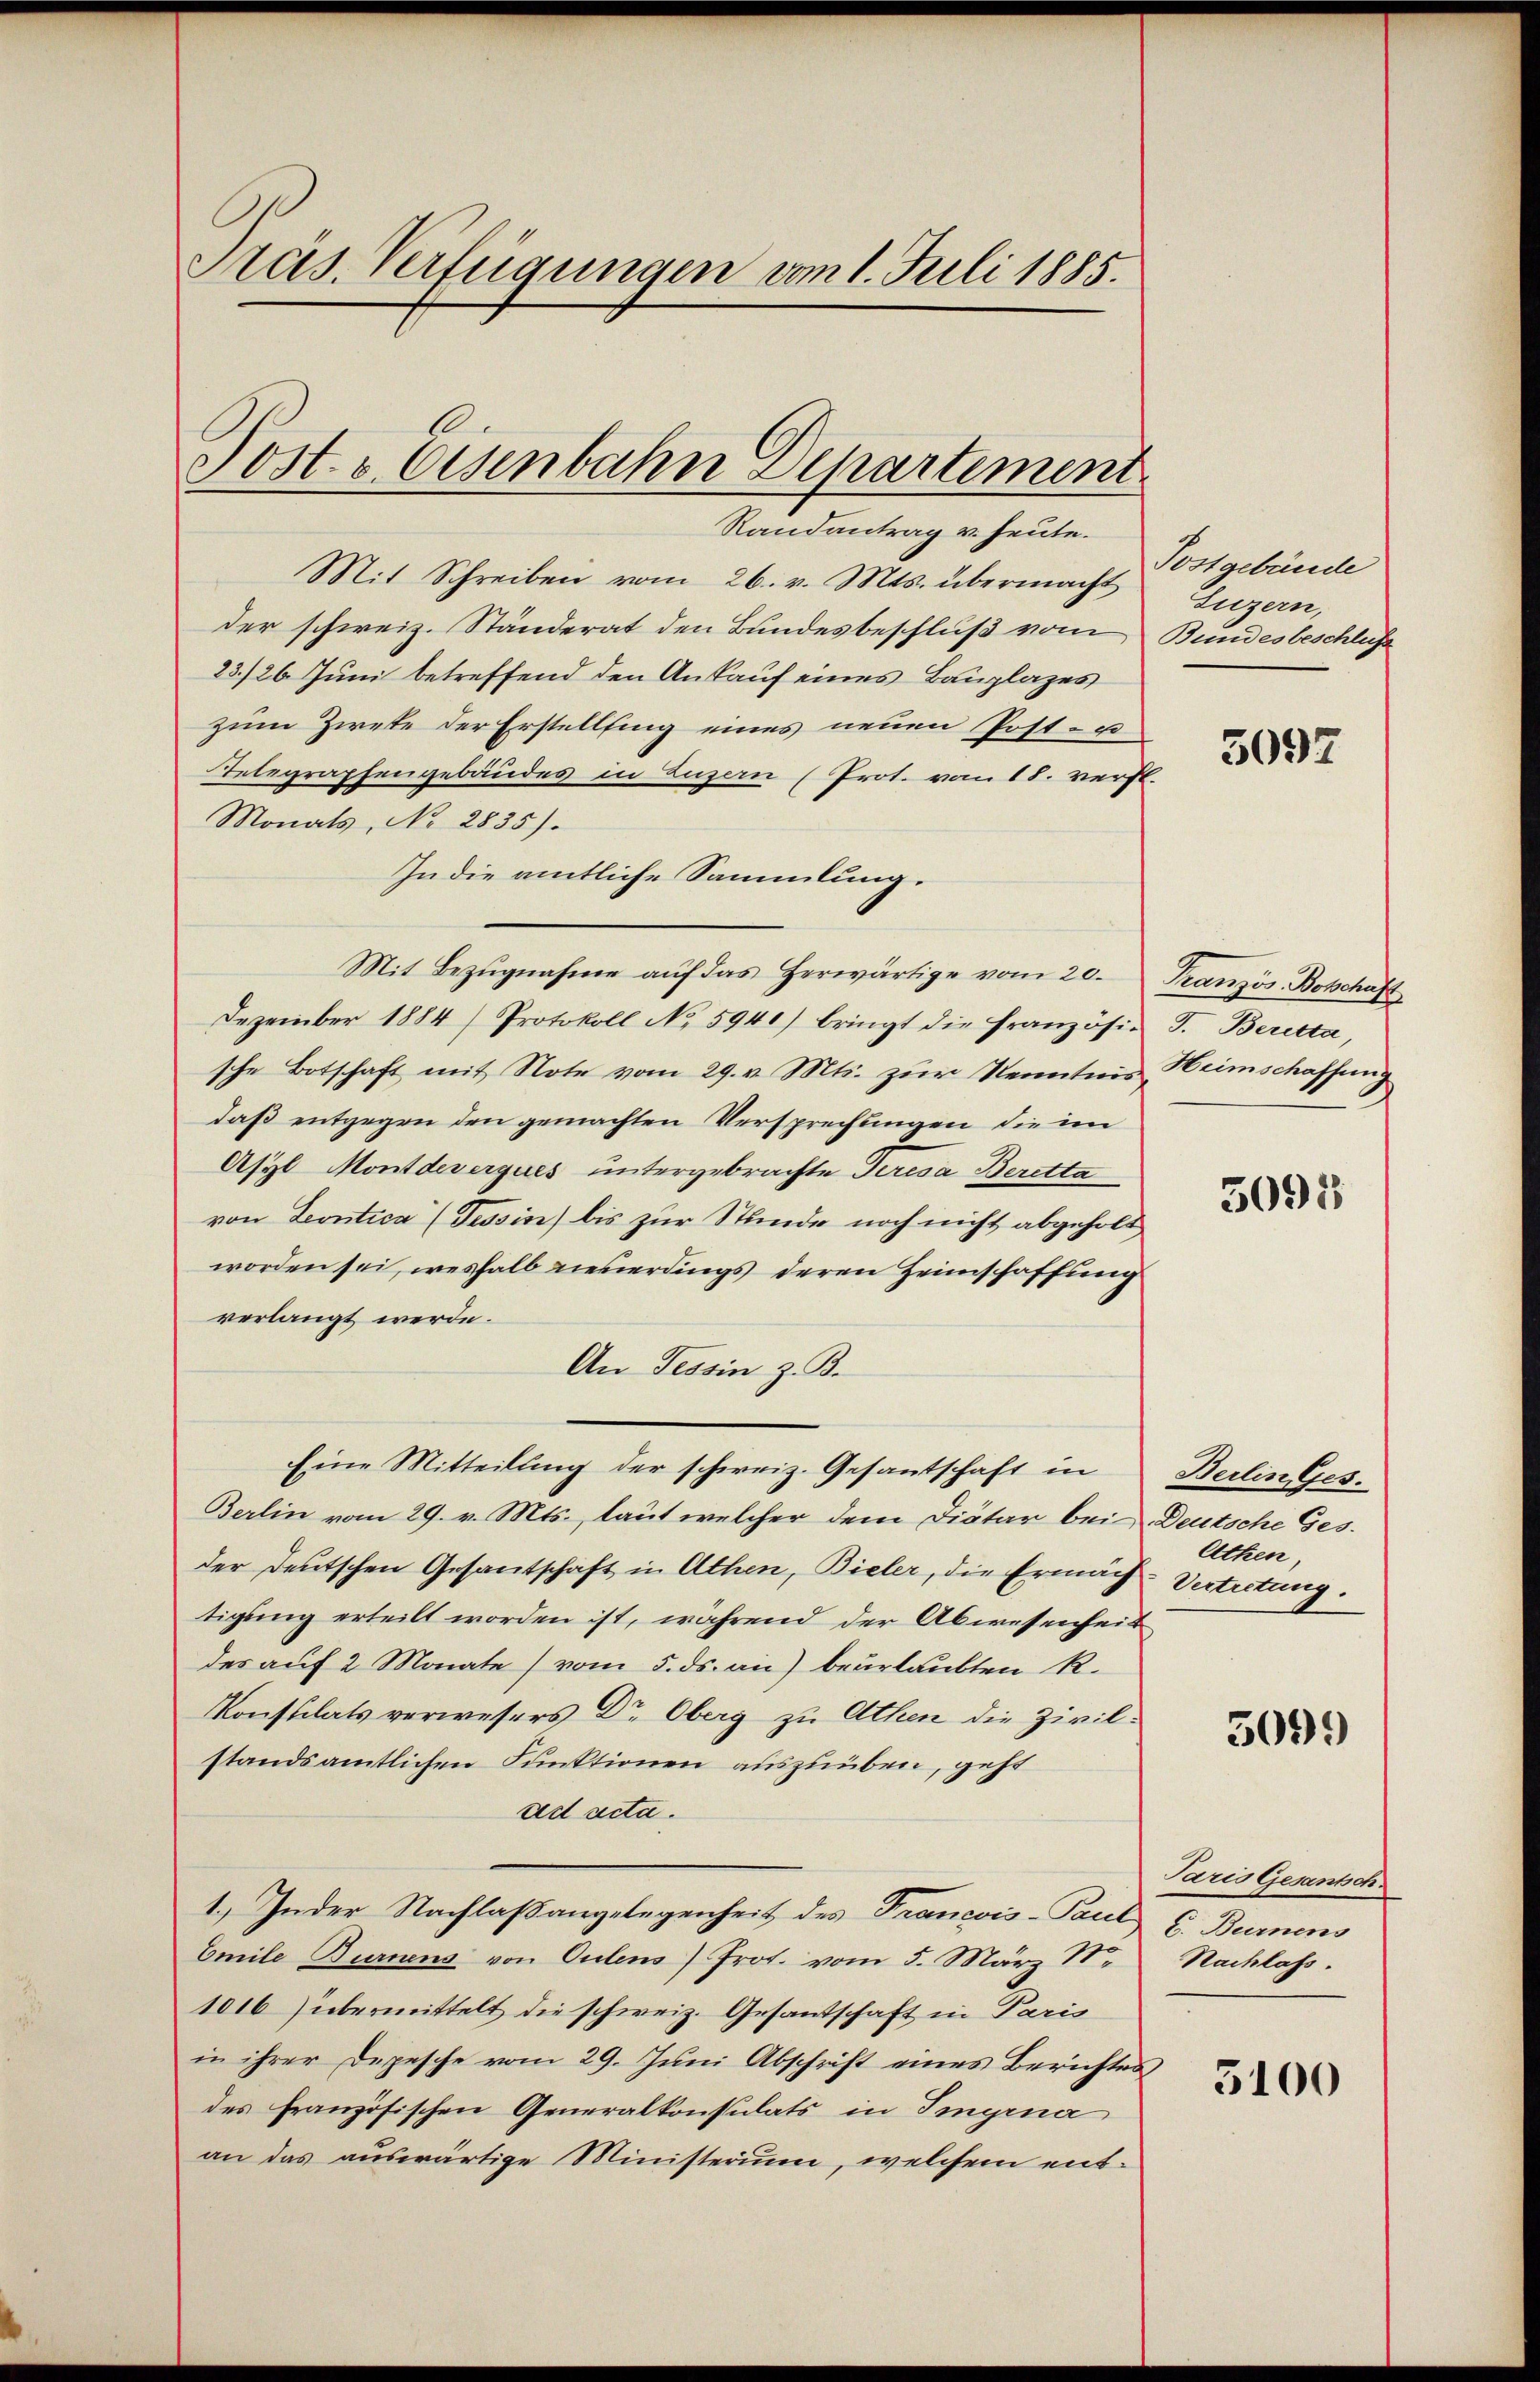
Präs. Verfügungen vom 1. Juli 1885.

Post- & Eisenbahn Departement

Randantrag v. heute.
Mit Schreiben vom 26. v. Mts. übermacht ostgebände
der schweiz. Ständerat den Bundesbeschluß vom Bundesbeschlüss
23./26. Juni betreffend den Ankauf eines Bauplazes
zum Zirke der Erstellung eines neuen Post- u
Telegraphengebäudes in Luzern (Prot. vom 18. verft.
Monats, No 2835).
In die amtliche Sammlung.
Mit Bezŭgnahme aŭf das herwärtige vom 20. Französ. Botschaft
Dezember 1884) Protokoll No 5941) bringt die französi-
sche Botschaft mit Note vom 29. v. Mts. zŭr Kenntnis Heimschaffung
daß entgegen den gemachten Versprechungen die im
Asyl Montdeverques untergebrachte Teresa Beretta
von Leontica (Tessin bis zur Stunde noch nicht abgeholt
worden sei, weshalb Lieberdings deren Heimschaffung
verlangt werde.
An Tessin z. B.
Eine Mitteilung der schweiz. Gesantschaft in
Berlin vom 29. v. Mts., laut welcher dem Diätar bei Deutsche Ges.
der Deutschen Gesandschaft in Athen, Bieler, die Ermäch
tigung erteilt worden ist, während der Abwesenheit
des auf 2 Monate (vom 5. ds. an) beurlaubten R.
Konstilats verwesers Dr. Oberg zu Athen die Zivilstandsamtlichen Funktionen auszuüben, geht
ad acta.
1.) In der Nachlaßangelegenheit des Francois-Paul u. Burnens
Emile Burnens von Oulens) Prot. vom 5. März 18.
1016 übermittelt die schweiz. Gesantschaft in Paris
in ihrer Depesche vom 29. Juni Abschrift eines Berichtes
des französischen Generalkonsulats in Imyrna
an das auswärtige Ministerium, welchem ent¬

Luzern,

3097

J. Beretta,

5098

Berlin Ges.
Athen,
Vertretung.

5099

Paris Gesantsch
Rachlass.

5100